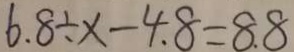
6 . 8 \div x - 4 . 8 = 8 . 8